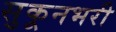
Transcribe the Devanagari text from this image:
सुकूनभरी